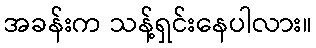
အခန်းက သန့်ရှင်းနေပါလား။